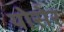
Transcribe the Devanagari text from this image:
योसेर